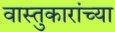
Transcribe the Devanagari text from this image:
वास्तुकारांच्या